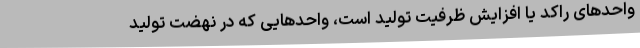
واحدهای راکد یا افزایش ظرفیت تولید است، واحدهایی که در نهضت تولید